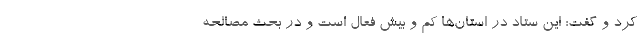
کرد و گفت: این ستاد در استان‌ها کم و بیش فعال است و در بحث مصالحه